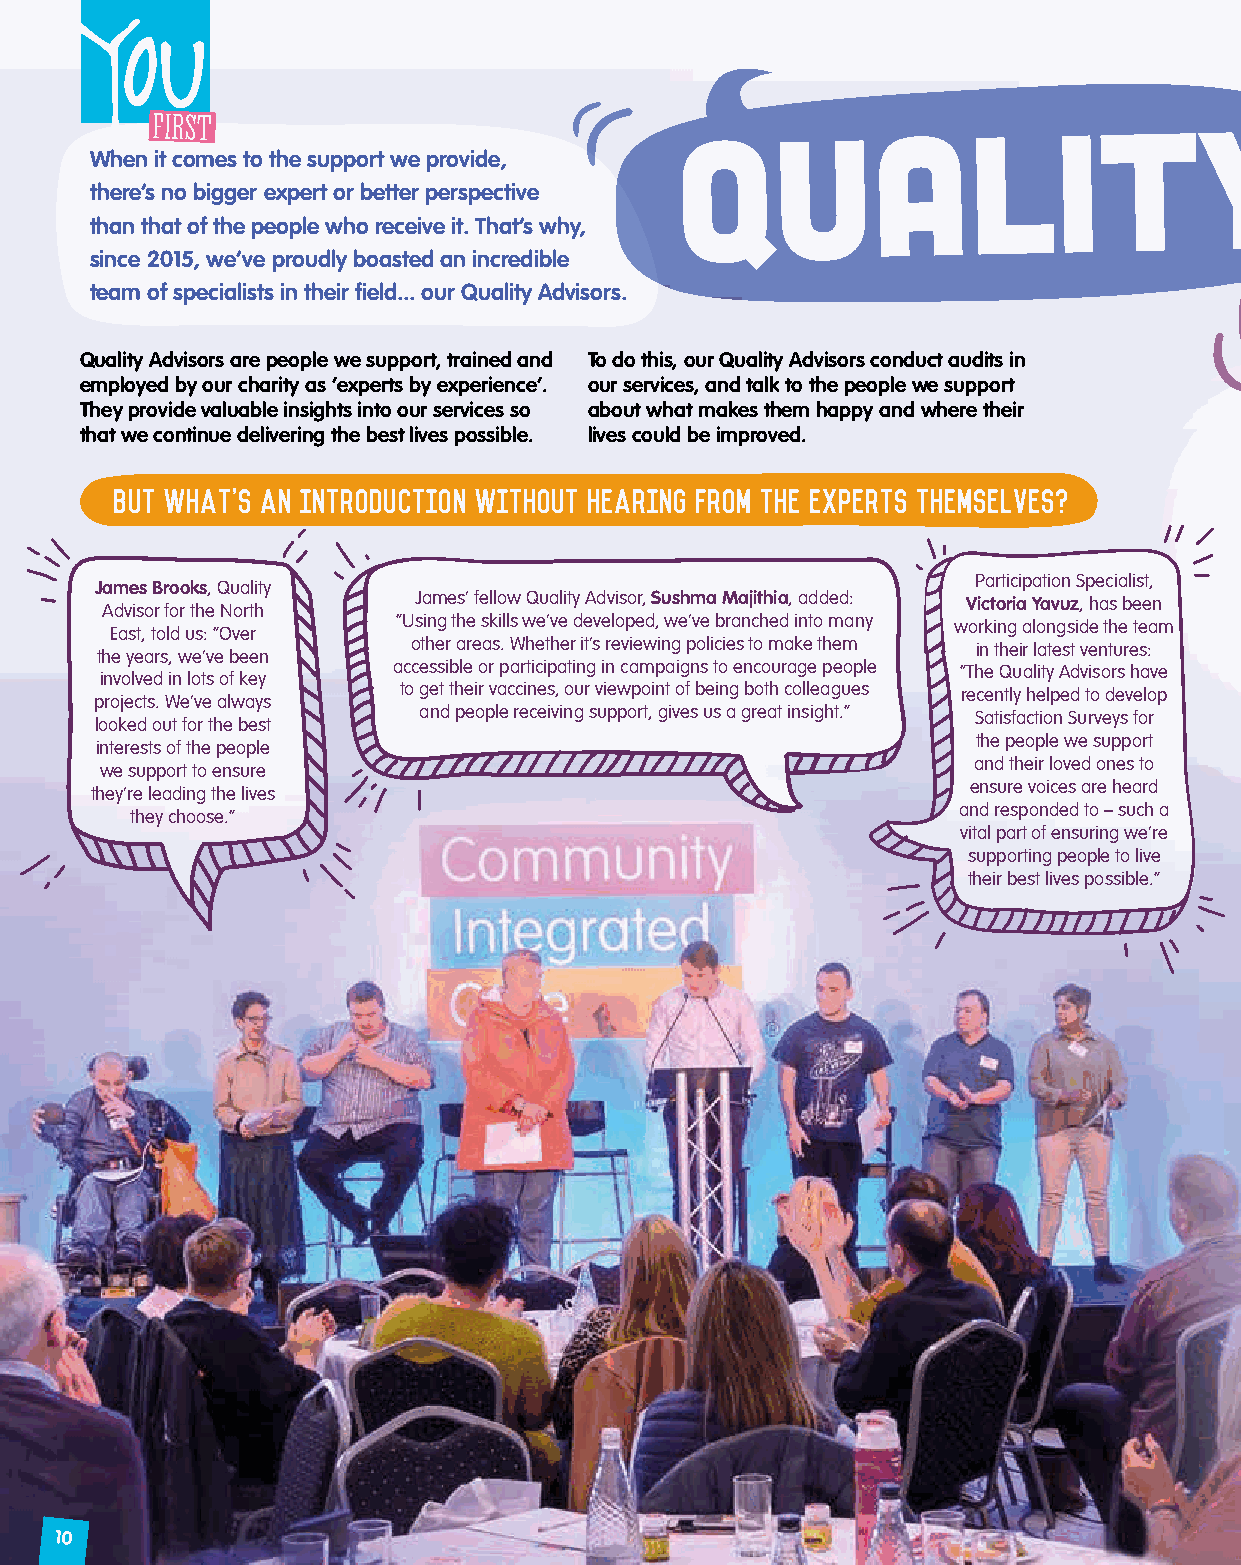
Quality
 When it comes to the support we provide,
 there’s no bigger expert or better perspective
 than that of the people who receive it. That’s why,
 since 2015, we’ve proudly boasted an incredible
 team of specialists in their field... our Quality Advisors.
 Quality Advisors are people we support, trained and To do this, our Quality Advisors conduct audits in
 employed by our charity as ‘experts by experience’. our services, and talk to the people we support
 They provide valuable insights into our services so about what makes them happy and where their
 that we continue delivering the best lives possible. lives could be improved.
 But what's an introduction without hearing from the experts themselves?
 Participation Specialist,
 James Brooks, Quality
 James’ fellow Quality Advisor, Sushma Majithia, added: Victoria Yavuz, has been
 Advisor for the North
 “Using the skills we’ve developed, we’ve branched into many working alongside the team
 East, told us: “Over
 other areas. Whether it’s reviewing policies to make them in their latest ventures:
 the years, we’ve been
 accessible or participating in campaigns to encourage people “The Quality Advisors have
 involved in lots of key
 to get their vaccines, our viewpoint of being both colleagues recently helped to develop
 projects. We’ve always
 and people receiving support, gives us a great insight.” Satisfaction Surveys for
 looked out for the best
 the people we support
 interests of the people
 and their loved ones to
 we support to ensure
 ensure voices are heard
 they’re leading the lives
 and responded to – such a
 they choose.”
 vital part of ensuring we’re
 supporting people to live
 their best lives possible.”
 10